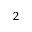
^ 2